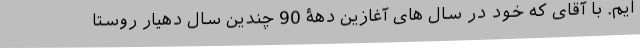
ایم. با آقای که خود در سال های آغازین دهۀ 90 چندین سال دهیار روستا